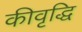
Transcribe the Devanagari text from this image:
कीवृद्धि